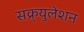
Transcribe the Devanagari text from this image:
सक्र्युलेशन